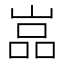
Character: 嵓